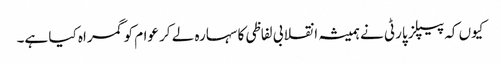
کیوں کہ پیپلز پارٹی نے ہمیشہ انقلابی لفاظی کا سہارہ لے کر عوام کو گمراہ کیا ہے۔